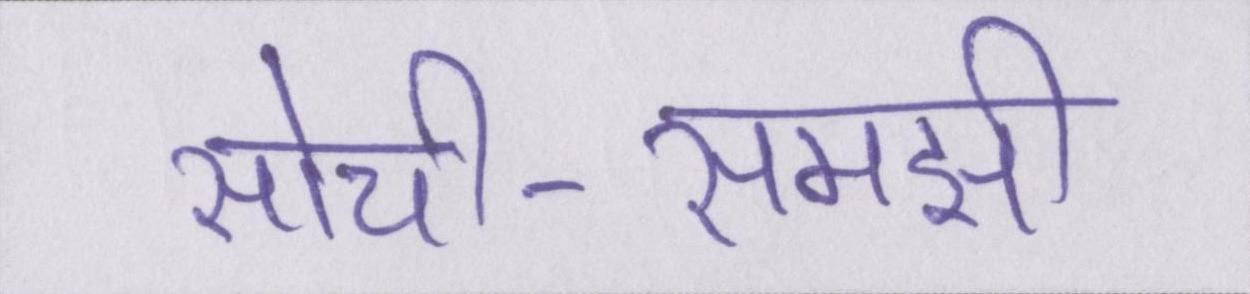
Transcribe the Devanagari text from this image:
सोची-समझी